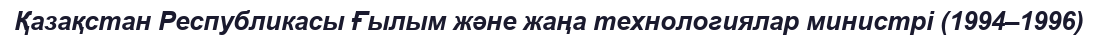
Қазақстан Республикасы Ғылым және жаңа технологиялар министрі (1994–1996)